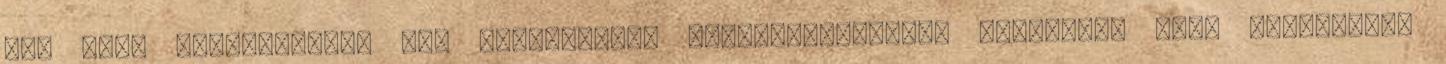
is, ezen ismeretünket nem közölhetjük embertársainkkal Vitatott, hogy paródiának